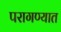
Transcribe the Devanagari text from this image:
परागण्यात